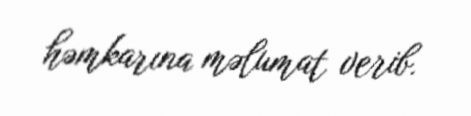
həmkarına məlumat verib.